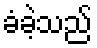
ခံခဲ့သည်